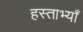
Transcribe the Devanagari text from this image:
हस्ताभ्याँ